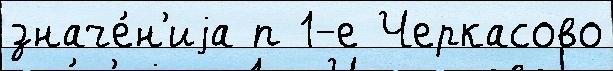
значе́н'иjа п 1-е Черкасово